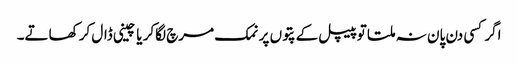
اگر کسی دن پان نہ ملتا تو پیپل کے پتوں پر نمک مرچ لگاکر یا چینی ڈال کر کھاتے۔